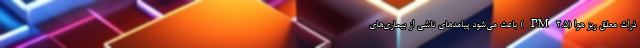
ذرات معلق ریز هوا (PM2.5) باعث می‌شود پیامدهای ناشی از بیماری‌های